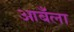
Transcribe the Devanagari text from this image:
आबँला